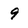
Character: 9